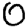
Digit: 0